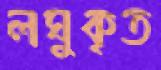
লঘুকৃত